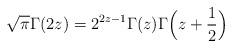
LaTeX: \begin{align*}\sqrt{\pi} \Gamma(2z) = 2^{2z-1}\Gamma(z)\Gamma\Big(z+\frac12\Big)\end{align*}